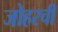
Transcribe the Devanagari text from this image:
जोहरची